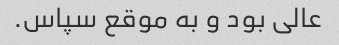
عالی بود و به موقع سپاس.